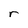
Character: r